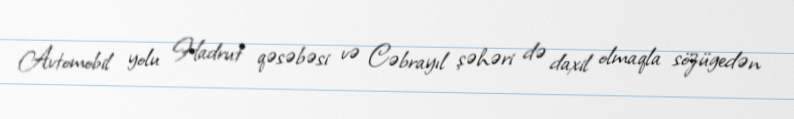
Avtomobil yolu Hadrut qəsəbəsi və Cəbrayıl şəhəri də daxil olmaqla sözügedən